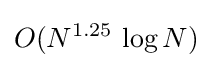
O(N^{1.25}\,\log N)